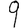
Digit: 9